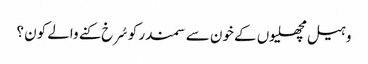
وہیل مچھلیوں کے خون سے سمندر کو سُرخ کنے والے کون ؟